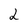
Character: 2